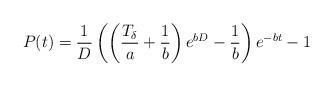
LaTeX: \begin{align*}P(t)=\frac{1}{D}\left(\left(\frac{T_{\delta}}{a}+\frac{1}{b}\right)e^{bD} - \frac{1}{b}\right)e^{-bt} -1\end{align*}